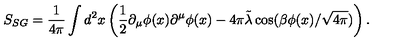
S _ { S G } = \frac { 1 } { 4 \pi } \int d ^ { 2 } x \left( \frac { 1 } { 2 } \partial _ { \mu } \phi ( x ) \partial ^ { \mu } \phi ( x ) - 4 \pi \tilde { \lambda } \cos ( \beta \phi ( x ) / \sqrt { 4 \pi } ) \right) .